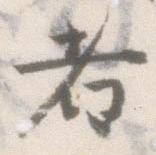
者